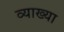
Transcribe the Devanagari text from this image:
व्याख्‍या